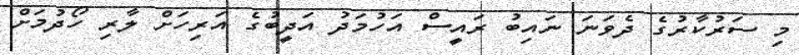
މި ސަރުކާރުގެ ދެވަނަ ނައިބު ރައީސް އަހުމަދު އަދީބުގެ އަރިހަށް ލާރި ހޯދުމަށް